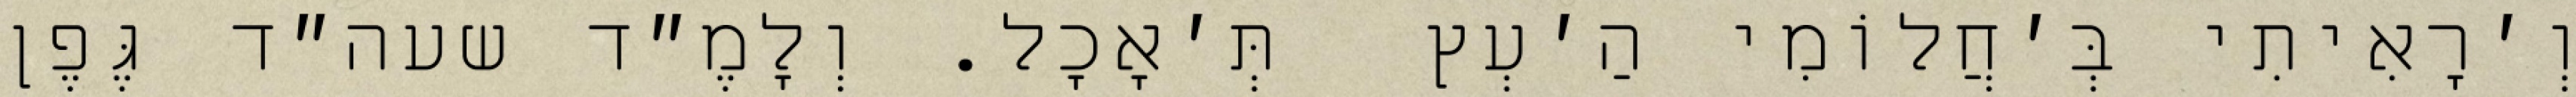
וְ׳רָאִיתִי בְּ׳חֲלוֹמִי הַ׳עְץ  תְּ׳אָכָל. וְלָמֶ״ד שעה״ד גֶּפֶן